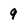
Character: 9